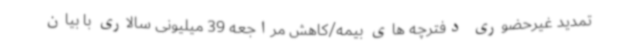
تمدید غیرحضوری دفترچه های بیمه/کاهش مراجعه 39 میلیونی سالاری با بیان